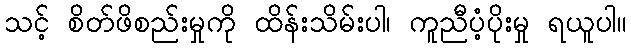
သင့် စိတ်ဖိစည်းမှုကို ထိန်းသိမ်းပါ၊ ကူညီပံ့ပိုးမှု ရယူပါ။